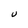
Character: U